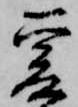
爰